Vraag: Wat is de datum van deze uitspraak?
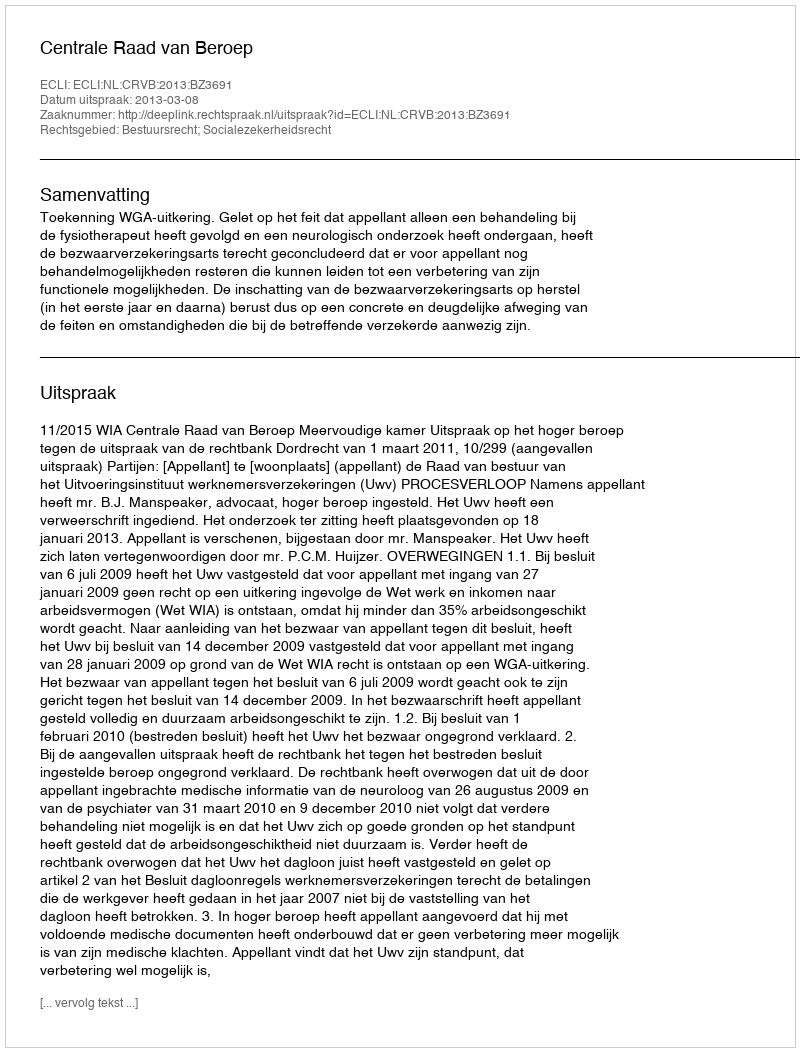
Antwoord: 2013-03-08